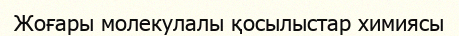
Жоғары молекулалы қосылыстар химиясы